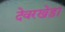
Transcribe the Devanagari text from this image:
देवरखेड़ा